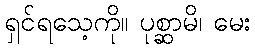
ရှင်ရသေ့ကို။ ပုစ္ဆာမိ၊ မေး